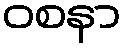
ဝစနာ